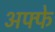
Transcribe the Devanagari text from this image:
अफ्फे